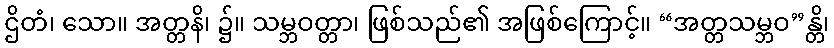
ဌိတံ၊ သော။ အတ္တနိ၊ ၌။ သမ္ဘဝတ္တာ၊ ဖြစ်သည်၏ အဖြစ်ကြောင့်။ “အတ္တသမ္ဘဝ”န္တိ၊